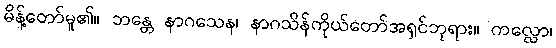
မိန့်တော်မူ၏။ ဘန္တေ နာဂသေန၊ နာဂသိန်ကိုယ်တော်အရှင်ဘုရား။ ကလ္လော၊